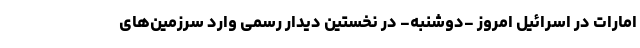
امارات در اسرائیل امروز -دوشنبه- در نخستین دیدار رسمی وارد سرزمین‌های